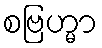
စဗြဟ္မာ